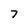
Character: 7